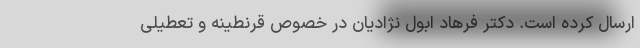
ارسال کرده است. دکتر فرهاد ابول نژادیان در خصوص قرنطینه و تعطیلی